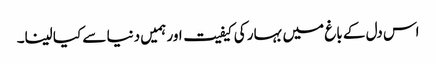
اس دل کے باغ میں بہار کی کیفیت اور ہمیں دنیا سے کیا لینا۔